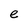
Character: e